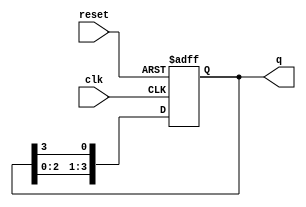
module bistable_ring_counter #(
    parameter N = 4  // Number of bits in the ring counter
)(
    input wire clk,      // Clock signal
    input wire reset,    // Asynchronous reset signal
    output reg [N-1:0] q // Output state of the counter
);

    // Initial state
    initial begin
        q = 1'b1; // Start with the first flip-flop set to '1'
    end

    // Always block triggered on clock edge or reset
    always @(posedge clk or posedge reset) begin
        if (reset) begin
            q <= 1'b1; // Reset to initial state
        end else begin
            // Shift the '1' through the flip-flops
            q <= {q[N-2:0], q[N-1]}; // Shift left and wrap around
        end
    end

endmodule